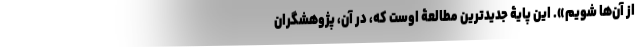
از آن‌ها شویم». این پایۀ جدیدترین مطالعۀ اوست که، در آن، پژوهشگران